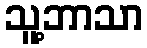
သူ့ဘာသာ